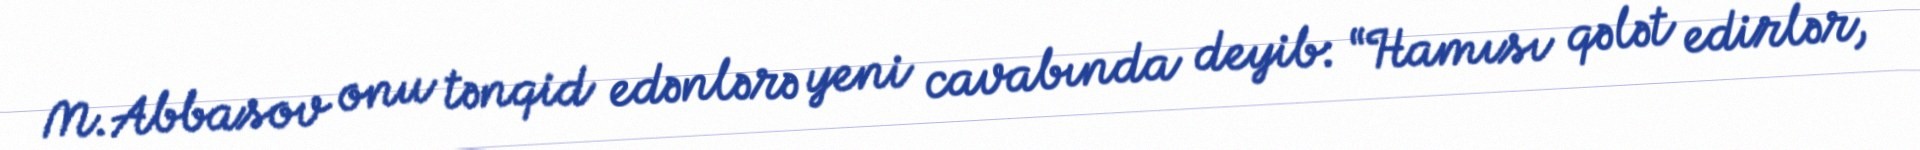
M.Abbasov onu tənqid edənlərə yeni cavabında deyib: “Hamısı qələt edirlər,